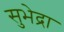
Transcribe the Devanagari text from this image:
सुभेद्रा